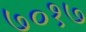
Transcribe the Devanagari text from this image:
७०१७